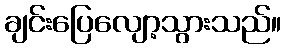
ချင်းပြေလျော့သွားသည်။